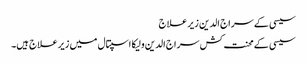
سیسی کے سراج الدین زیر علاج
سیسی کے محنت کش سراج الدین ولیکا اسپتال میں زیر علاج ہیں۔